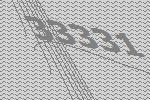
33331